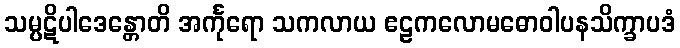
သမ္ပဋိပါဒေန္တောတိ အင်္ကုရော သကလာယ ဧဠကလောမဓောဝါပနသိက္ခာပဒံ